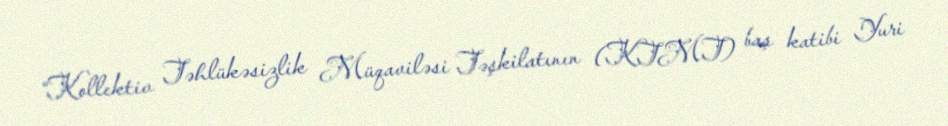
“Kollektiv Təhlükəsizlik Müqaviləsi Təşkilatının (KTMT) baş katibi Yuri